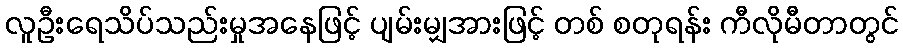
လူဦးရေသိပ်သည်းမှုအနေဖြင့် ပျမ်းမျှအားဖြင့် တစ် စတုရန်း ကီလိုမီတာတွင်